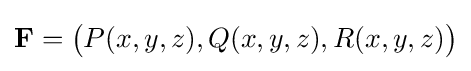
{\textbf {F}}={\big (}P(x,y,z),Q(x,y,z),R(x,y,z){\big )}